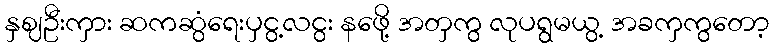
နှဈဦးကှား ဆကဆွံရေးပှငွ့လငွး နဖေို့ အတှကွ လုပရွမယွ့ အခကှကွတော့